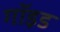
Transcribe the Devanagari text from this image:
गॉइड